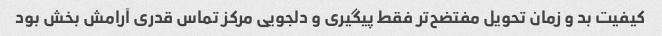
کیفیت بد و زمان تحویل مفتضح‌تر فقط پیگیری و دلجویی مرکز تماس قدری آرامش بخش بود